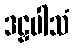
ဒဠှပါသံ